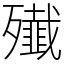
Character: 殱